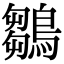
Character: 鶵